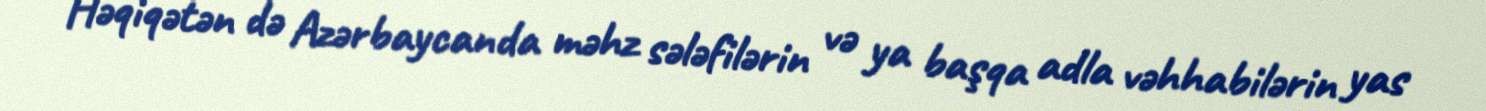
Həqiqətən də Azərbaycanda məhz sələfilərin və ya başqa adla vəhhabilərin yas